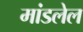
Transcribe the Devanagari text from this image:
मांडलेल